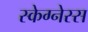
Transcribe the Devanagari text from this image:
स्केग्नेस्स